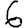
Digit: 6